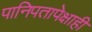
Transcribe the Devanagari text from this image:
पानिपतापेक्षाही